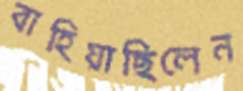
বাহিয়াছিলেন